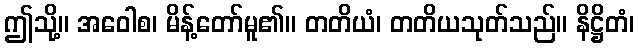
ဤသို့။ အဝေါစ၊ မိန့်တော်မူ၏။ တတိယံ၊ တတိယသုတ်သည်။ နိဋ္ဌိတံ၊